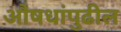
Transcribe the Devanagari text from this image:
औषधांपुढील